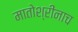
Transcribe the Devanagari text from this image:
मातोश्रींनाच